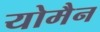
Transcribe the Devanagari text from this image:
योमैन